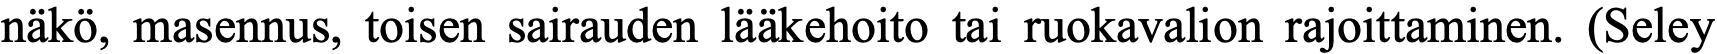
näkö, masennus, toisen sairauden lääkehoito tai ruokavalion rajoittaminen. (Seley